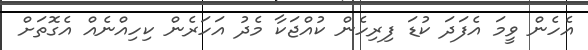
އެހެން ވީމަ އެފަދަ ކުޑަ ފިރިހެން ކުއްޖަކާ މެދު އަހަރެން ކިހިއްނެއް އެގޮތަށް